Source: Computer-generated
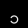
Digit: ၁ (1)